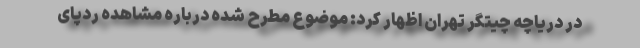
در دریاچه چیتگر تهران اظهار کرد: موضوع مطرح شده درباره مشاهده ردپای